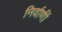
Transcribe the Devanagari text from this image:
निर्वाणीं